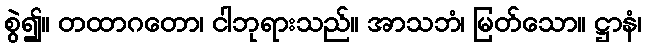
စွဲ၍။ တထာဂတော၊ ငါဘုရားသည်။ အာသဘံ၊ မြတ်သော။ ဋ္ဌာနံ၊